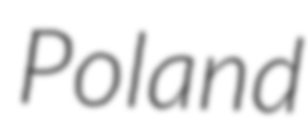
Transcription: Poland